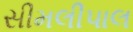
સીમલીપાલ